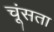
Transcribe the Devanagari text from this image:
चूंसता